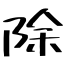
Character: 除